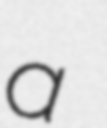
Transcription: a